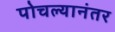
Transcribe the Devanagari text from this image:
पोचल्यानंतर